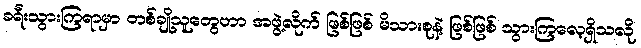
ခရီးသွားကြရာမှာ တစ်ချို့သူတွေဟာ အဖွဲ့လိုက် ဖြစ်ဖြစ် မိသားစုနဲ့ ဖြစ်ဖြစ် သွားကြလေ့ရှိသလို